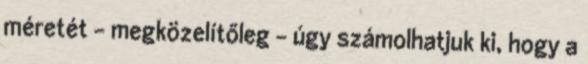
méretét – megközelítőleg – úgy számolhatjuk ki, hogy a